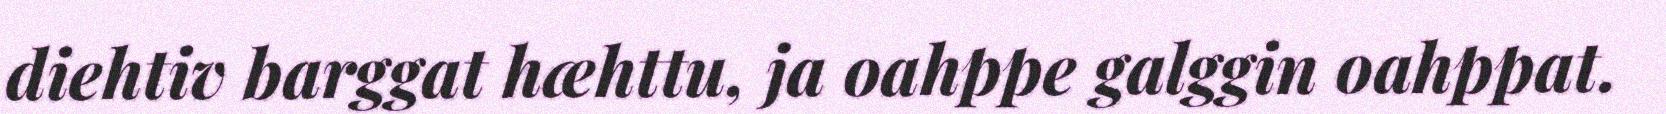
diehtiv barggat hæhttu, ja oahppe galggin oahppat.